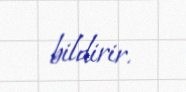
bildirir.